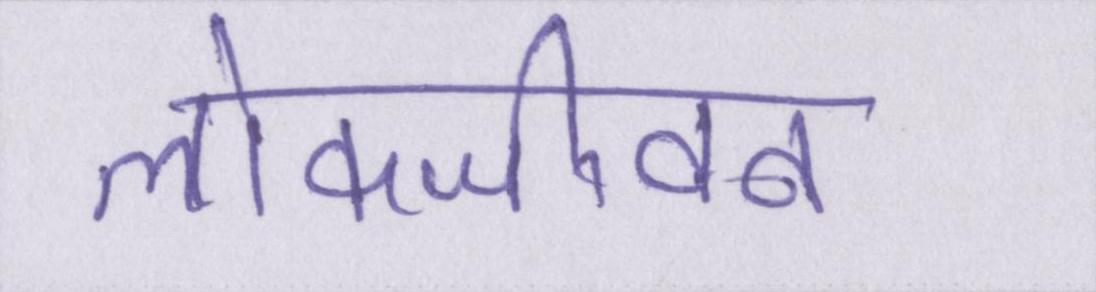
लोकजीवन